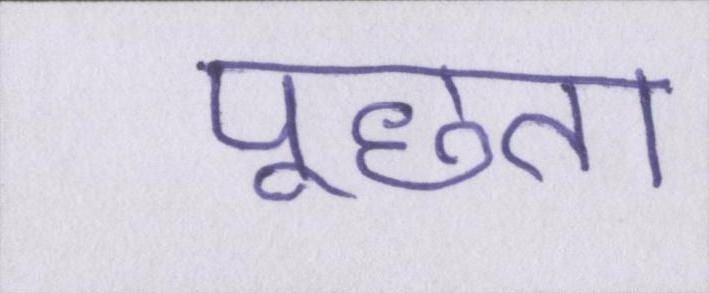
पूछता